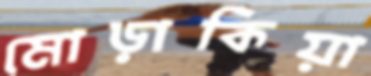
মোড়াকিয়া